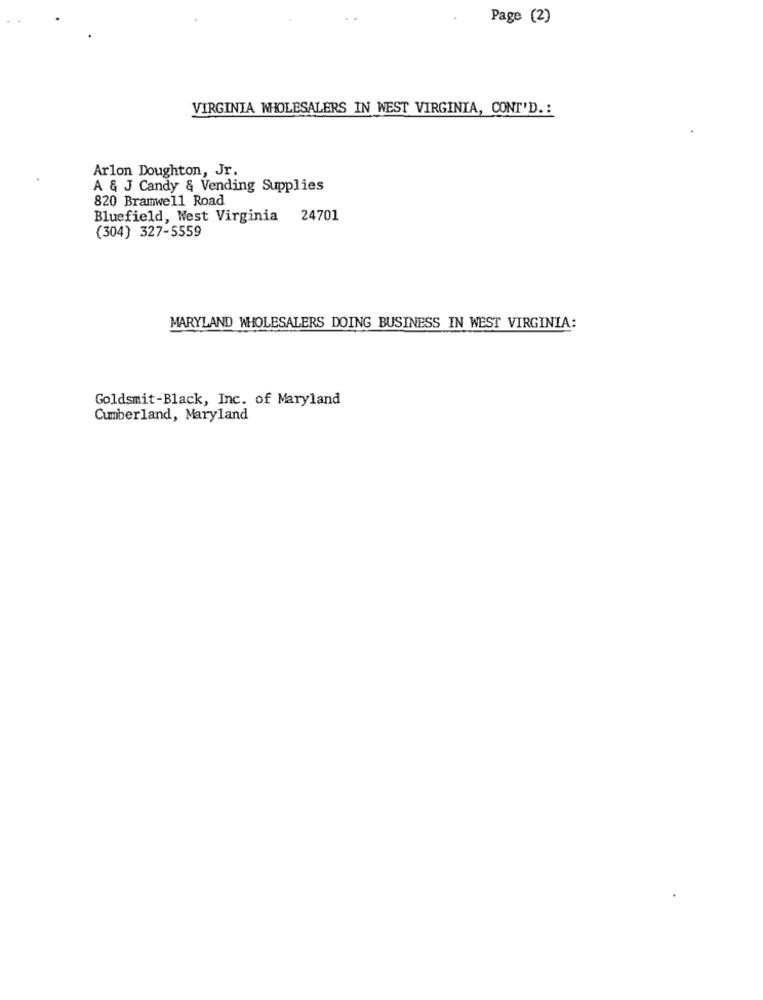
Page (2)
VIRGINIA WHOLESALERS IN WEST VIRGINIA, CONT'D .:
Arlon Doughton, Jr.
A & J Candy & Vending Supplies
820 Bramwell Road
Bluefield, West Virginia 24701
(304) 327-5559
MARYLAND WHOLESALERS DOING BUSINESS IN WEST VIRGINIA:
Goldsmit-Black, Inc. of Maryland
Cumberland, Maryland